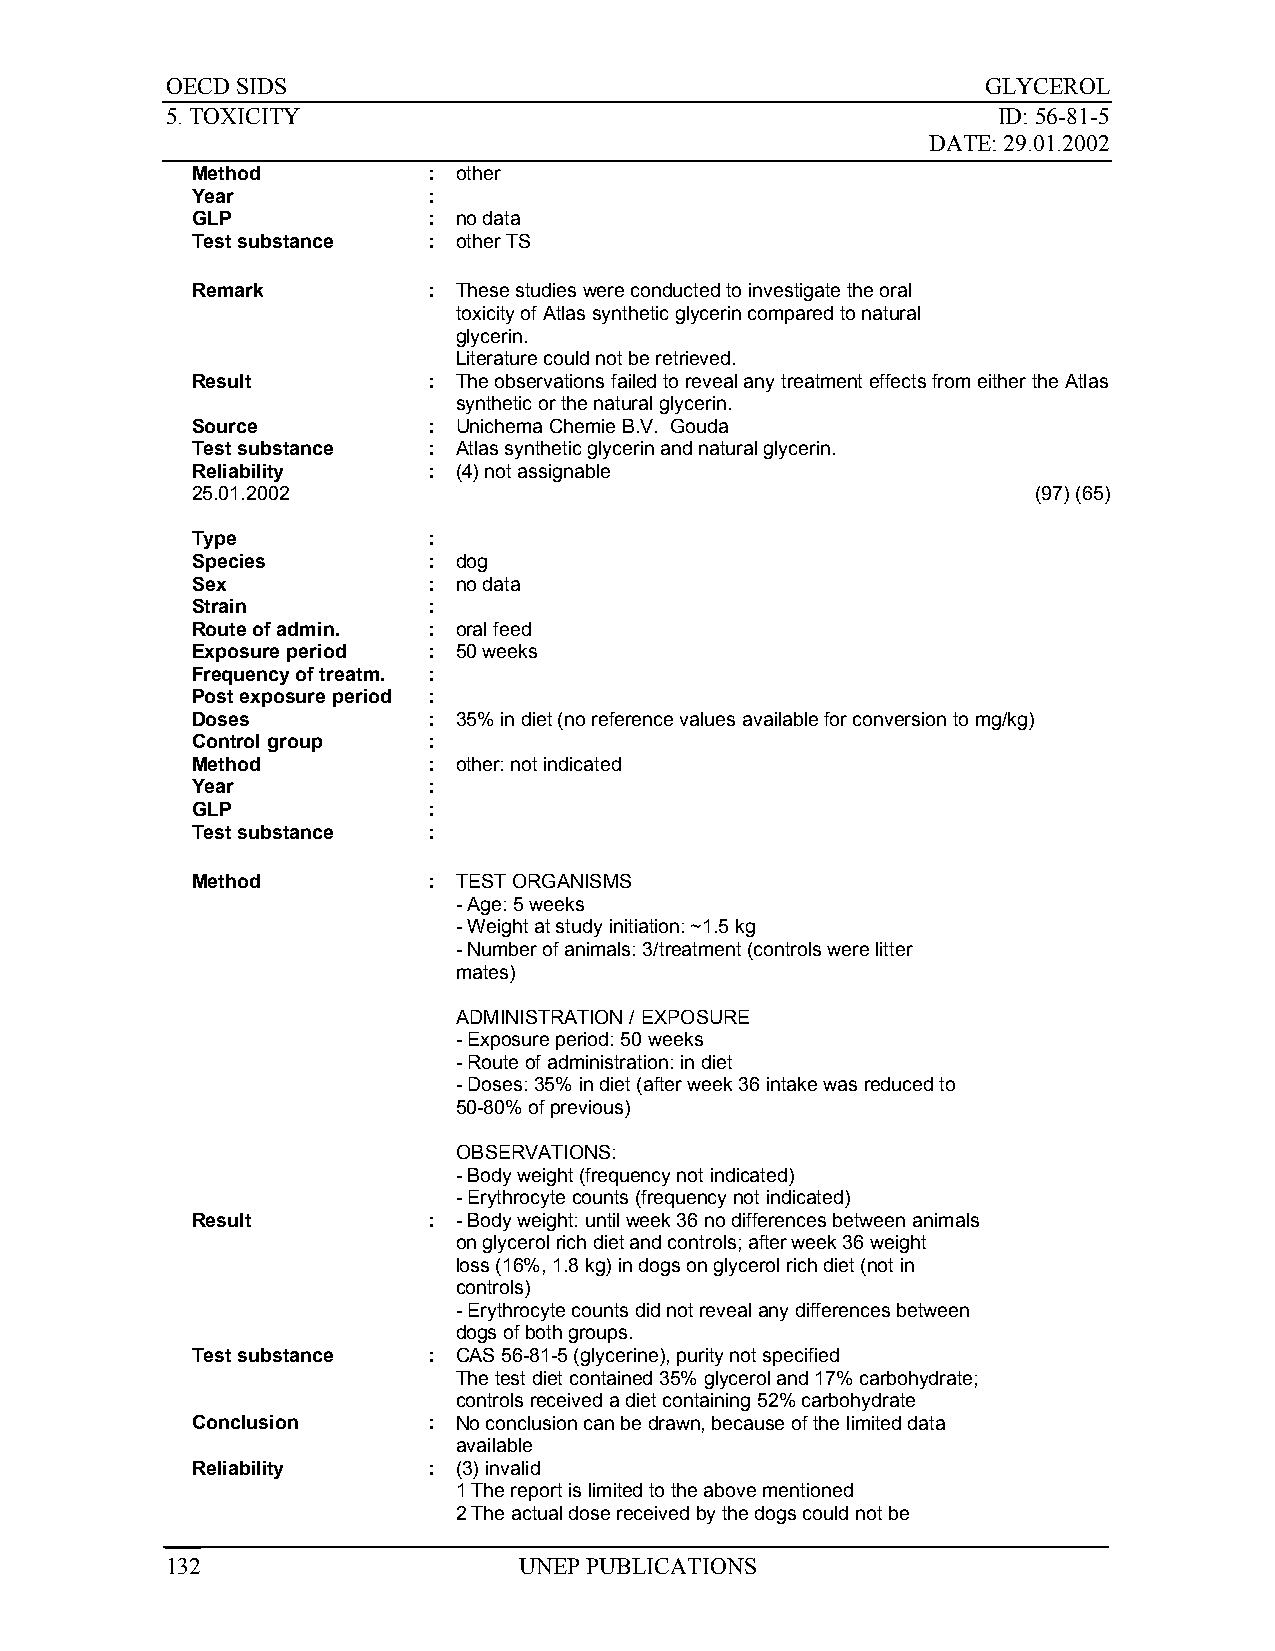
OECD SIDS                                             GLYCEROL
 5. TOXICITY                                            ID: 56-81-5
 DATE: 29.01.2002
 Method         : other
 Year           :
 GLP            : no data
 Test substance : other TS
 Remark         : These studies were conducted to investigate the oral
 toxicity of Atlas synthetic glycerin compared to natural
 glycerin.
 Literature could not be retrieved.
 Result         : The observations failed to reveal any treatment effects from either the Atlas
 synthetic or the natural glycerin.
 Source         : Unichema Chemie B.V. Gouda
 Test substance : Atlas synthetic glycerin and natural glycerin.
 Reliability    : (4) not assignable
 25.01.2002                                              (97) (65)
 Type           :
 Species        : dog
 Sex            : no data
 Strain         :
 Route of admin. : oral feed
 Exposure period : 50 weeks
 Frequency of treatm. :
 Post exposure period :
 Doses          : 35% in diet (no reference values available for conversion to mg/kg)
 Control group  :
 Method         : other: not indicated
 Year           :
 GLP            :
 Test substance :
 Method         : TEST ORGANISMS
 - Age: 5 weeks
 - Weight at study initiation: ~1.5 kg
 - Number of animals: 3/treatment (controls were litter
 mates)
 ADMINISTRATION / EXPOSURE
 - Exposure period: 50 weeks
 - Route of administration: in diet
 - Doses: 35% in diet (after week 36 intake was reduced to
 50-80% of previous)
 OBSERVATIONS:
 - Body weight (frequency not indicated)
 - Erythrocyte counts (frequency not indicated)
 Result         : - Body weight: until week 36 no differences between animals
 on glycerol rich diet and controls; after week 36 weight
 loss (16%, 1.8 kg) in dogs on glycerol rich diet (not in
 controls)
 - Erythrocyte counts did not reveal any differences between
 dogs of both groups.
 Test substance : CAS 56-81-5 (glycerine), purity not specified
 The test diet contained 35% glycerol and 17% carbohydrate;
 controls received a diet containing 52% carbohydrate
 Conclusion     : No conclusion can be drawn, because of the limited data
 available
 Reliability    : (3) invalid
 1 The report is limited to the above mentioned
 2 The actual dose received by the dogs could not be
 132                    UNEP PUBLICATIONS